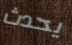
يحدث